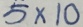
5 \times 1 0